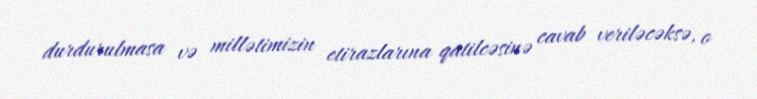
durdurulmasa və millətimizin etirazlarına qatilcəsinə cavab veriləcəksə, o